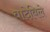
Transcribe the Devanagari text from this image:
वादेविले